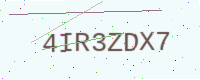
Text: 4IR3ZDX7